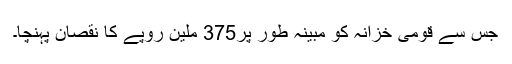
جس سے قومی خزانہ کو مبینہ طور پر375 ملین روپے کا نقصان پہنچا۔